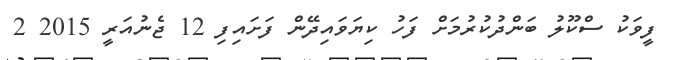
ފީވަކު ސްކޫލު ބަންދުކުރުމަށް ފަހު ކިޔަވައިދޭން ފަށައިފި 12 ޖެނުއަރީ 2015 2